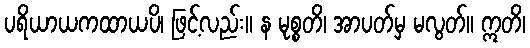
ပရိယာယကထာယပိ၊ ဖြင့်လည်း။ န မုစ္စတိ၊ အာပတ်မှ မလွတ်။ ဣတိ၊